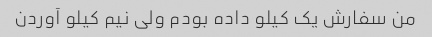
من سفارش یک کیلو داده بودم ولی نیم کیلو آوردن